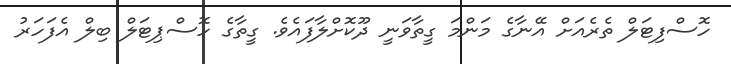
ހޮސްފިޓަލް ތެރެއަށް އޭނާގެ މަންމަ ގީތާވަނީ ދޫކޮށްލާފައެވެ. ގީތާގެ ހޮސްޕިޓަލް ބިލް އެފަހަރު